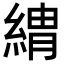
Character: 𦂈